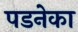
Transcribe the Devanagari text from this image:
पडनेका